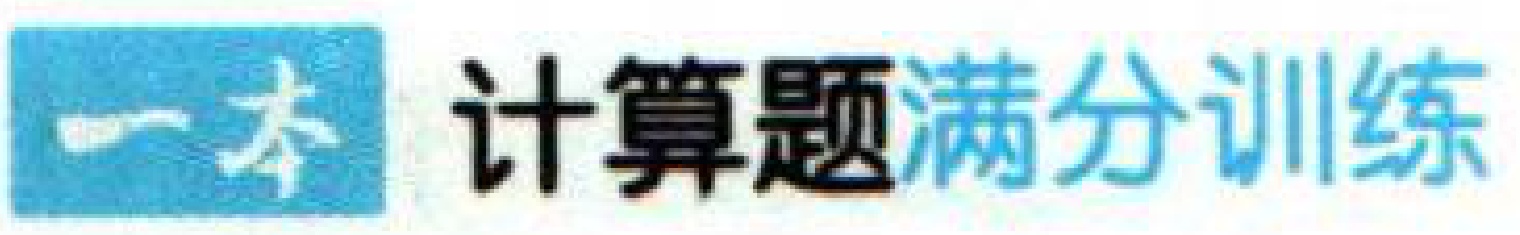
一本 计算题满分训练